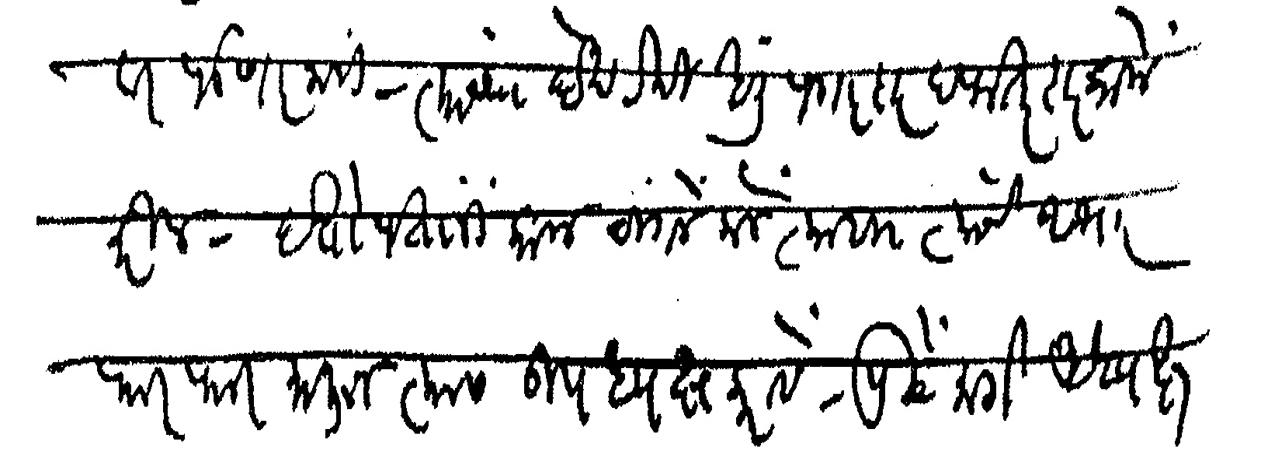
Transliteration (Devanagari): वर पडणार नाही त्यांच्या देखरेखीखाली पगारदार दफतरदार कामे करील दत्तोपंतांनी काम चांगले केले त्याबा त्यांचे आभार फारफार मानून त्यास उपाध्यक्ष करावे पुढे मागे अध्यक्ष